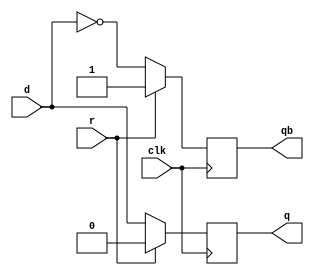
module dff(input d , input clk , input r , output reg q , output reg qb);

always @(posedge clk)begin
    if(r)
    begin
        q=0;
        qb=1;
    end
    else
    begin
    q=d;
    qb=~d;
    end
end


endmodule